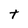
Character: T